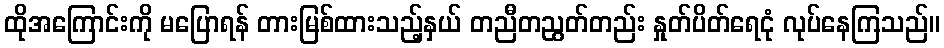
ထိုအကြောင်းကို မပြောရန် တားမြစ်ထားသည့်နှယ် တညီတညွတ်တည်း နှုတ်ပိတ်ရေငုံ လုပ်နေကြသည်။